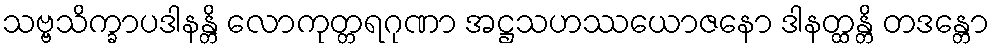
သဗ္ဗသိက္ခာပဒါနန္တိ လောကုတ္တရဂုဏာ အဋ္ဌသဟဿယောဇနော ဒါနတ္ထန္တိ တဒန္တော